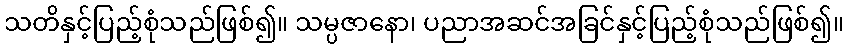
သတိနှင့်ပြည့်စုံသည်ဖြစ်၍။ သမ္ပဇာနော၊ ပညာအဆင်အခြင်နှင့်ပြည့်စုံသည်ဖြစ်၍။